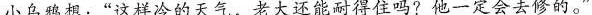
小乌鸦想：“这样冷的天气，老大还能耐得住吗?他一定会去修的。”